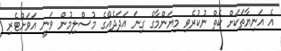
އެ އަނިޔާތަކަށް ކެތް ނުކުރެވި މިޔަންމާގެ ގިނަ އަދަދެއްގެ މުސްލިމުން ވަނީ އަވަށްޓެރި